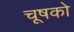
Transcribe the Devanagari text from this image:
चूषको